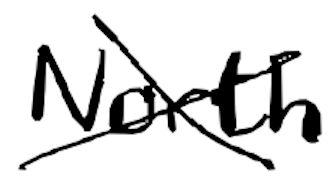
Text: North
Cross-out: cross
Writing tool: digital_black